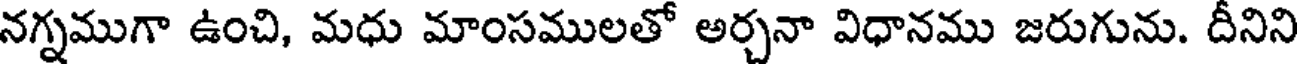
నగ్నముగా ఉంచి, మధు మాంసములతో అర్చనా విధానము జరుగును. దీనిని